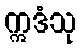
ဣဒံသု